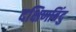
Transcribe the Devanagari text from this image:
दक्षिणबिंदु